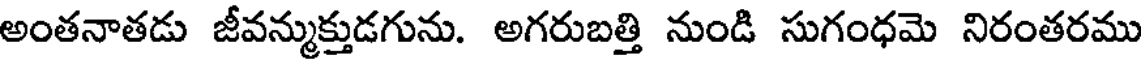
అంతనాతడు జీవన్ముక్తుడగును. అగరుబత్తి నుండి సుగంధమె నిరంతరము